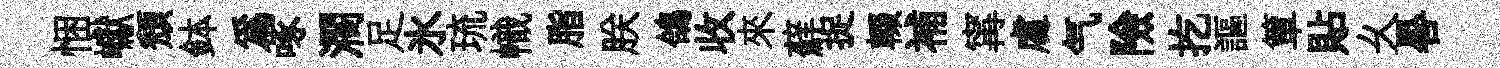
悃巘頽鉢爲啄濶足氷琉幟脂朕鴿收來蘚捉輟補𡩋䖏气險扢謳簞貼乆晷